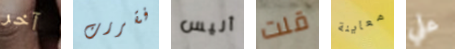
آخر فقررت أليس قلت معاينة علي